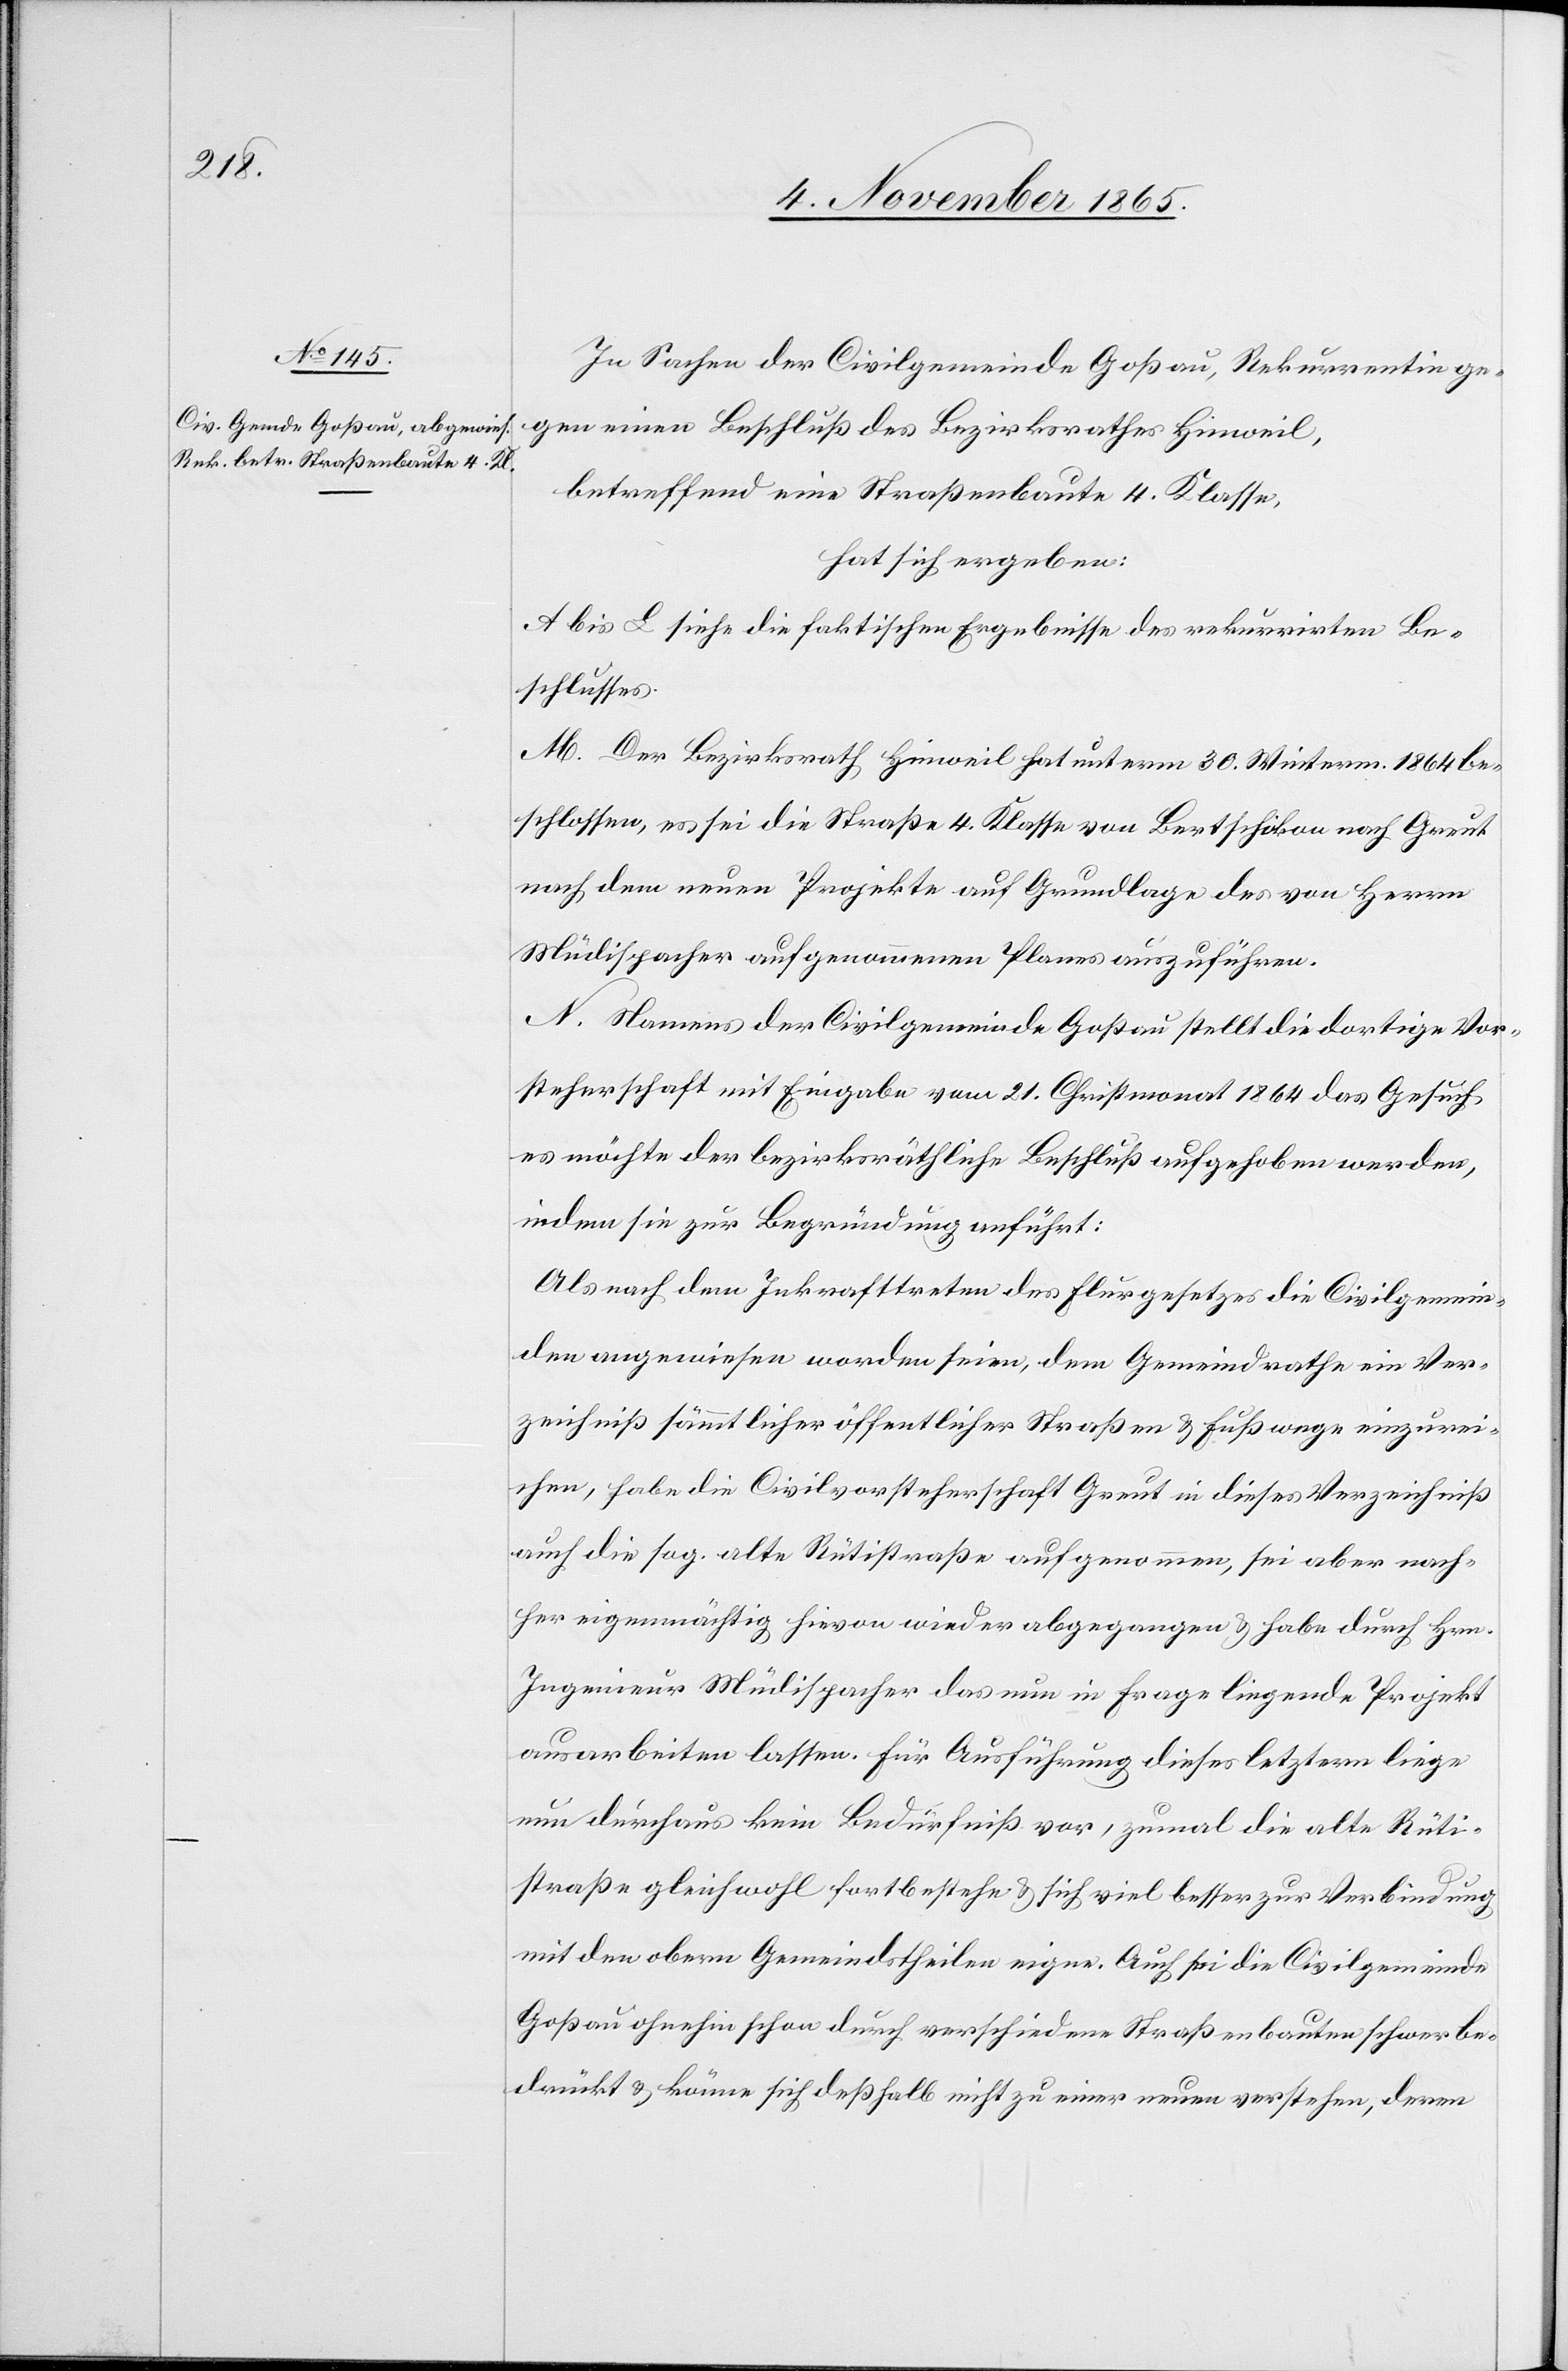
In Sachen der Civilgemeinde Goßau, Rekurrentin gegen
betreffend eine Straßenbaute 4. Klasse,
hat sich ergeben:
A bis L siehe die faktischen Ergebnisse des rekurrirten Be¬
schlusses.
M. Der Bezirksrath Hinweil hat unterm 30. Winterm. 1864 be¬
schlossen, es sei die Straße 4. Klasse von Bertschikon nach Greut
nach dem neuen Projekte auf Grundlage des von Herrn
Müdispacher aufgenommenen Planes auszuführen.
N. Namens der Civilgemeinde Goßau stellt die dortige Vor¬
steherschaft mit Eingabe vom 21. Christmonat 1864 das Gesuch,
es möchte der bezirksräthliche Beschluß aufgehoben werden,
indem sie zur Begründung anführt:
Als nach dem Inkrafttreten des Flurgesetzes die Civilgemein¬
den angewiesen worden seien, dem Gemeindrathe ein Ver¬
zeichniß sämmtlicher öffentlicher Straßen & Fußwege einzurei¬
chen, habe die Civilvorsteherschaft Greut in dieses Verzeichniß
auch die sog. alte Rütistraße aufgenommen, sei aber nach¬
her eigenmächtig hievon wieder abgegangen & habe durch Hrn.
Ingenieur Müdispacher das nun in Frage liegende Projekt
ausarbeiten lassen. Für Ausführung dieses letztern liege
nun durchaus kein Bedürfniß vor, zumal die alte Rüti¬
straße gleichwohl fortbestehe & sich viel besser zur Verbindung
mit den obern Gemeindstheilen eigne. Auch sei die Civilgemeinde
Goßau ohnehin schon durch verschiedene Straßenbauten schwer be¬
drückt & könne sich deßhalb nicht zu einer neuen verstehen, deren